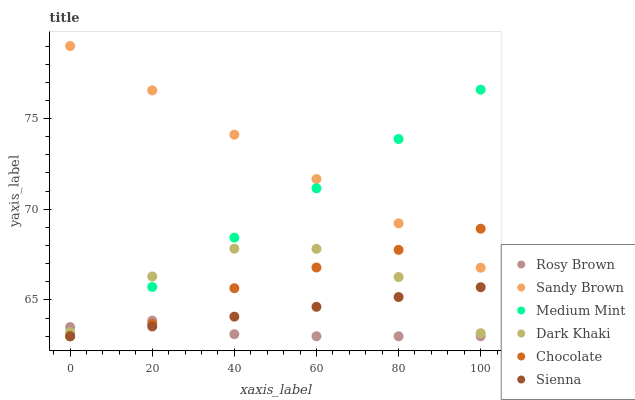
| xaxis_label | Rosy Brown | Sandy Brown | Medium Mint | Dark Khaki | Chocolate | Sienna |
 | --- | --- | --- | --- | --- | --- | --- |
 | 0 | 63.5 | 79 | 63 | 63.2 | 63 | 63 |
 | 20 | 63.9 | 76.6 | 65.7 | 66.3 | 63.7 | 63.5 |
 | 40 | 63.1 | 74.1 | 68.4 | 67.8 | 65.6 | 64.1 |
 | 60 | 63 | 71.7 | 71.2 | 67.8 | 66.8 | 64.6 |
 | 80 | 63 | 69.2 | 73.9 | 66.3 | 67.8 | 65.2 |
 | 100 | 63 | 66.8 | 76.6 | 63.2 | 68.9 | 65.7 |